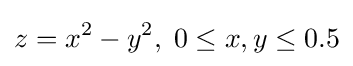
z=x^{2}-y^{2},\;0\leq x,y\leq 0.5